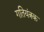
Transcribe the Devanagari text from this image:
गतियंत्रक